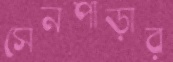
সেনপাড়ার